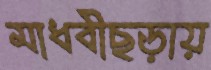
মাধবীছড়ায়